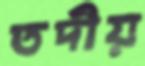
তদীয়